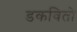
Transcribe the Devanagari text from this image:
डकवितो